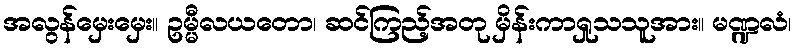
အလွန်မှေးမှေး။ ဥမ္မီလယတော၊ ဆင်ကြည့်အတု မှိန်းကာရှုသသူအား။ မဏ္ဍလံ၊